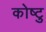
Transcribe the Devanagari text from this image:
कोष्टु